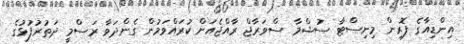
އިންޑިއާގެ ފޮރިން މިނިސްޓާ ސުޝްމާ ސްވަރާޖް ރާއްޖެއަށް ކުރައްވަމުން ގެންދަވާ ރަސްމީ ދަތުރުފުޅުގެ